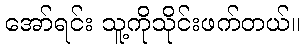
အော်ရင်း သူ့ကိုသိုင်းဖက်တယ်။